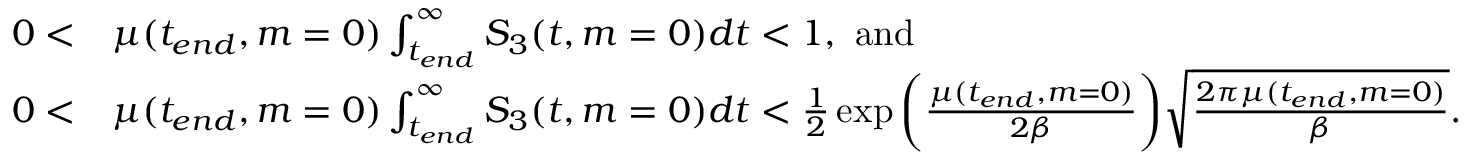
\begin{array} { r l } { 0 < } & { \mu ( t _ { e n d } , m = 0 ) \int _ { t _ { e n d } } ^ { \infty } S _ { 3 } ( t , m = 0 ) d t < 1 , ~ \mathrm { a n d } } \\ { 0 < } & { \mu ( t _ { e n d } , m = 0 ) \int _ { t _ { e n d } } ^ { \infty } S _ { 3 } ( t , m = 0 ) d t < \frac { 1 } { 2 } \exp { \bigg ( \frac { \mu ( t _ { e n d } , m = 0 ) } { 2 \beta } \bigg ) } \sqrt { \frac { 2 \pi \mu ( t _ { e n d } , m = 0 ) } { \beta } } . } \end{array}